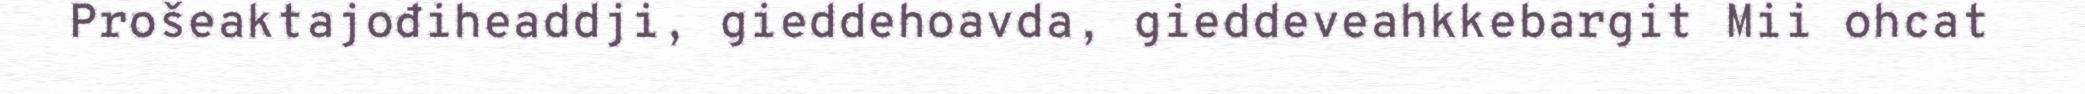
Prošeaktajođiheaddji, gieddehoavda, gieddeveahkkebargit Mii ohcat